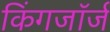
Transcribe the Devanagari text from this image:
किंगजॉर्ज